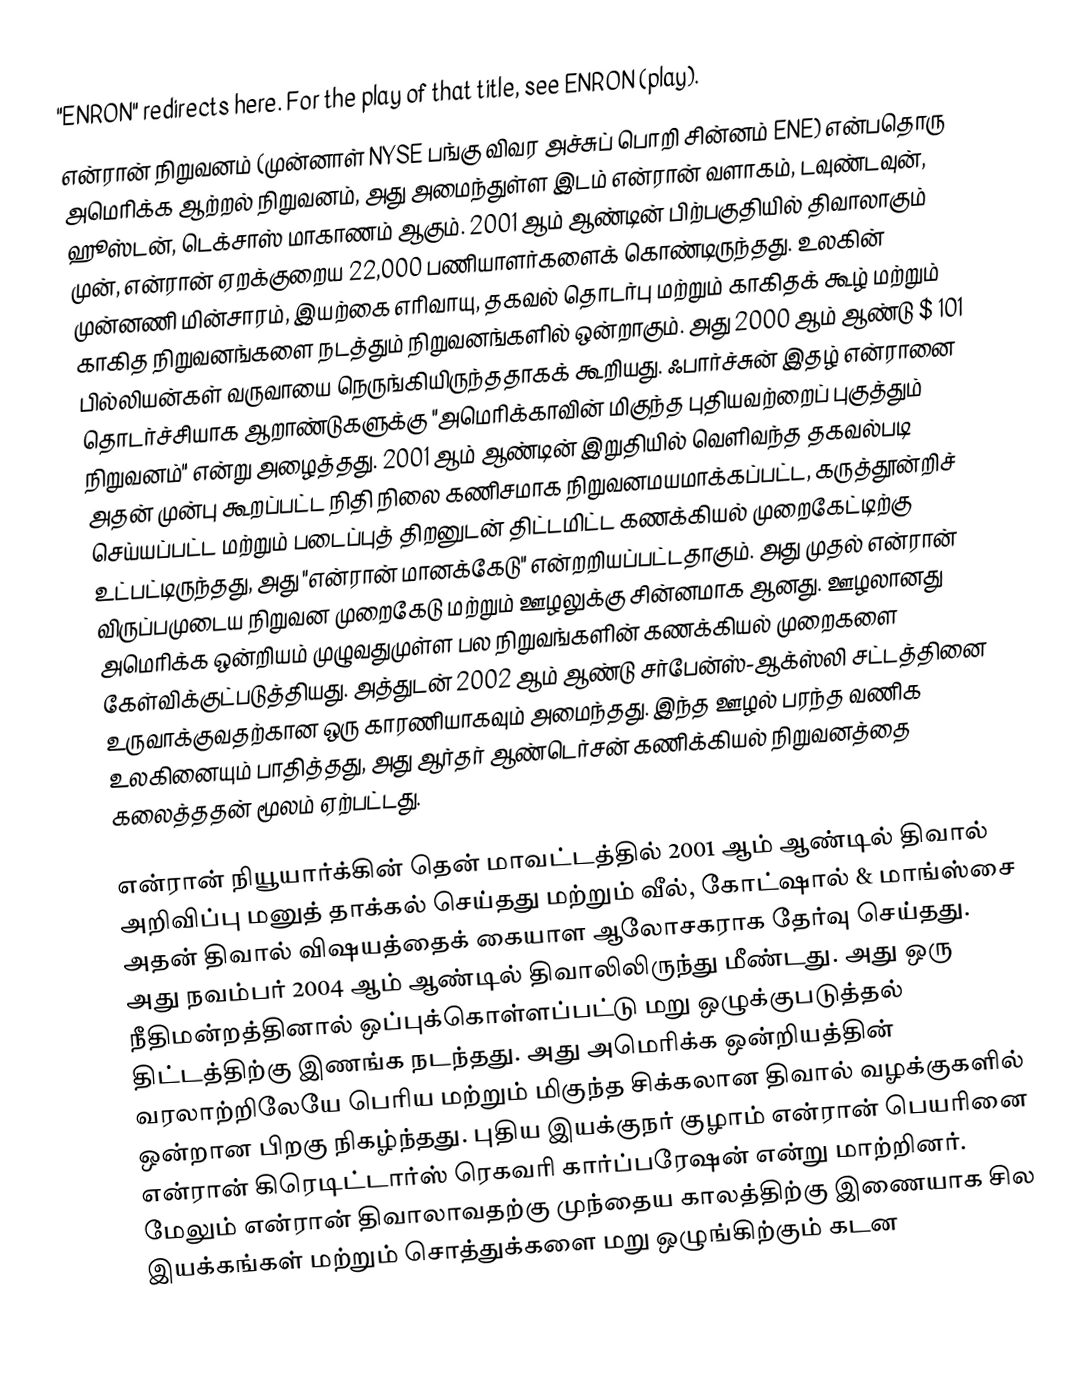
"ENRON" redirects here.  For the play of that title, see ENRON (play).
என்ரான் நிறுவனம்  (முன்னாள் NYSE பங்கு விவர அச்சுப் பொறி சின்னம் ENE) என்பதொரு அமெரிக்க ஆற்றல் நிறுவனம், அது அமைந்துள்ள இடம் என்ரான் வளாகம், டவுண்டவுன், ஹூஸ்டன், டெக்சாஸ் மாகாணம் ஆகும். 2001 ஆம் ஆண்டின் பிற்பகுதியில் திவாலாகும் முன், என்ரான் ஏறக்குறைய 22,000 பணியாளர்களைக் கொண்டிருந்தது. உலகின் முன்னணி மின்சாரம், இயற்கை எரிவாயு, தகவல் தொடர்பு மற்றும் காகிதக் கூழ் மற்றும் காகித நிறுவனங்களை நடத்தும் நிறுவனங்களில் ஒன்றாகும். அது 2000 ஆம் ஆண்டு $ 101 பில்லியன்கள் வருவாயை நெருங்கியிருந்ததாகக் கூறியது. ஃபார்ச்சுன் இதழ்  என்ரானை தொடர்ச்சியாக ஆறாண்டுகளுக்கு "அமெரிக்காவின் மிகுந்த புதியவற்றைப் புகுத்தும் நிறுவனம்" என்று அழைத்தது. 2001 ஆம் ஆண்டின் இறுதியில் வெளிவந்த தகவல்படி அதன் முன்பு கூறப்பட்ட நிதி நிலை கணிசமாக நிறுவனமயமாக்கப்பட்ட, கருத்தூன்றிச் செய்யப்பட்ட மற்றும் படைப்புத் திறனுடன் திட்டமிட்ட கணக்கியல் முறைகேட்டிற்கு உட்பட்டிருந்தது, அது "என்ரான் மானக்கேடு" என்றறியப்பட்டதாகும். அது முதல் என்ரான் விருப்பமுடைய நிறுவன முறைகேடு மற்றும் ஊழலுக்கு சின்னமாக ஆனது. ஊழலானது அமெரிக்க ஒன்றியம் முழுவதுமுள்ள பல நிறுவங்களின் கணக்கியல் முறைகளை கேள்விக்குட்படுத்தியது. அத்துடன் 2002 ஆம் ஆண்டு சர்பேன்ஸ்-ஆக்ஸ்லி சட்டத்தினை உருவாக்குவதற்கான ஒரு காரணியாகவும் அமைந்தது. இந்த ஊழல் பரந்த வணிக உலகினையும் பாதித்தது, அது ஆர்தர் ஆண்டெர்சன் கணிக்கியல் நிறுவனத்தை கலைத்ததன் மூலம் ஏற்பட்டது.

என்ரான் நியூயார்க்கின் தென் மாவட்டத்தில் 2001 ஆம் ஆண்டில் திவால் அறிவிப்பு மனுத் தாக்கல் செய்தது மற்றும் வீல், கோட்ஷால் & மாங்ஸ்சை அதன் திவால் விஷயத்தைக் கையாள ஆலோசகராக தேர்வு செய்தது. அது நவம்பர் 2004 ஆம் ஆண்டில் திவாலிலிருந்து மீண்டது. அது ஒரு நீதிமன்றத்தினால் ஒப்புக்கொள்ளப்பட்டு மறு ஒழுக்குபடுத்தல் திட்டத்திற்கு இணங்க நடந்தது. அது அமெரிக்க ஒன்றியத்தின் வரலாற்றிலேயே பெரிய மற்றும் மிகுந்த சிக்கலான திவால் வழக்குகளில் ஒன்றான பிறகு நிகழ்ந்தது. புதிய இயக்குநர் குழாம் என்ரான் பெயரினை என்ரான் கிரெடிட்டார்ஸ் ரெகவரி கார்ப்பரேஷன் என்று மாற்றினர். மேலும் என்ரான் திவாலாவதற்கு முந்தைய காலத்திற்கு இணையாக சில இயக்கங்கள் மற்றும் சொத்துக்களை மறு ஒழுங்கிற்கும் கடன